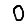
Digit: 0